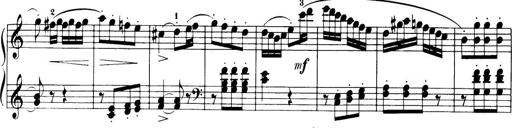
Title: 32 Sonatinas and Rondos for the Piano
Composer: Richard Kleinmichel